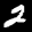
Label: 2